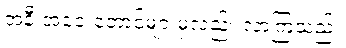
အနီးအဝေးတောင်များမှလည်း လာကြသည်။